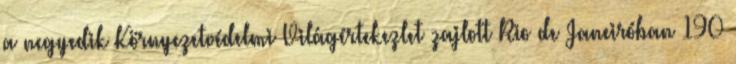
a negyedik Környezetvédelmi Világértekezlet zajlott Rio de Janeiróban 190